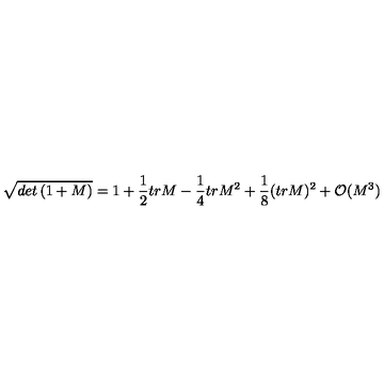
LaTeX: \sqrt { d e t \left( 1 + M \right) } = 1 + \frac { 1 } { 2 } t r M - \frac { 1 } { 4 } t r M ^ { 2 } + \frac { 1 } { 8 } ( t r M ) ^ { 2 } + { \cal O } ( M ^ { 3 } )